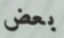
بعض